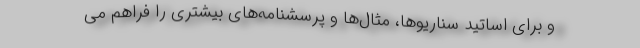
و برای اساتید سناریوها، مثال‌ها و پرسشنامه‌های بیشتری را فراهم می